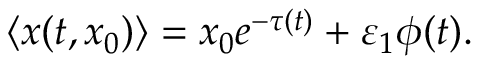
\langle x ( t , x _ { 0 } ) \rangle = x _ { 0 } e ^ { - \tau ( t ) } + \varepsilon _ { 1 } \phi ( t ) .